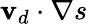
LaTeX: \mathbf{v}_{d}\cdot\nabla s